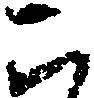
こ